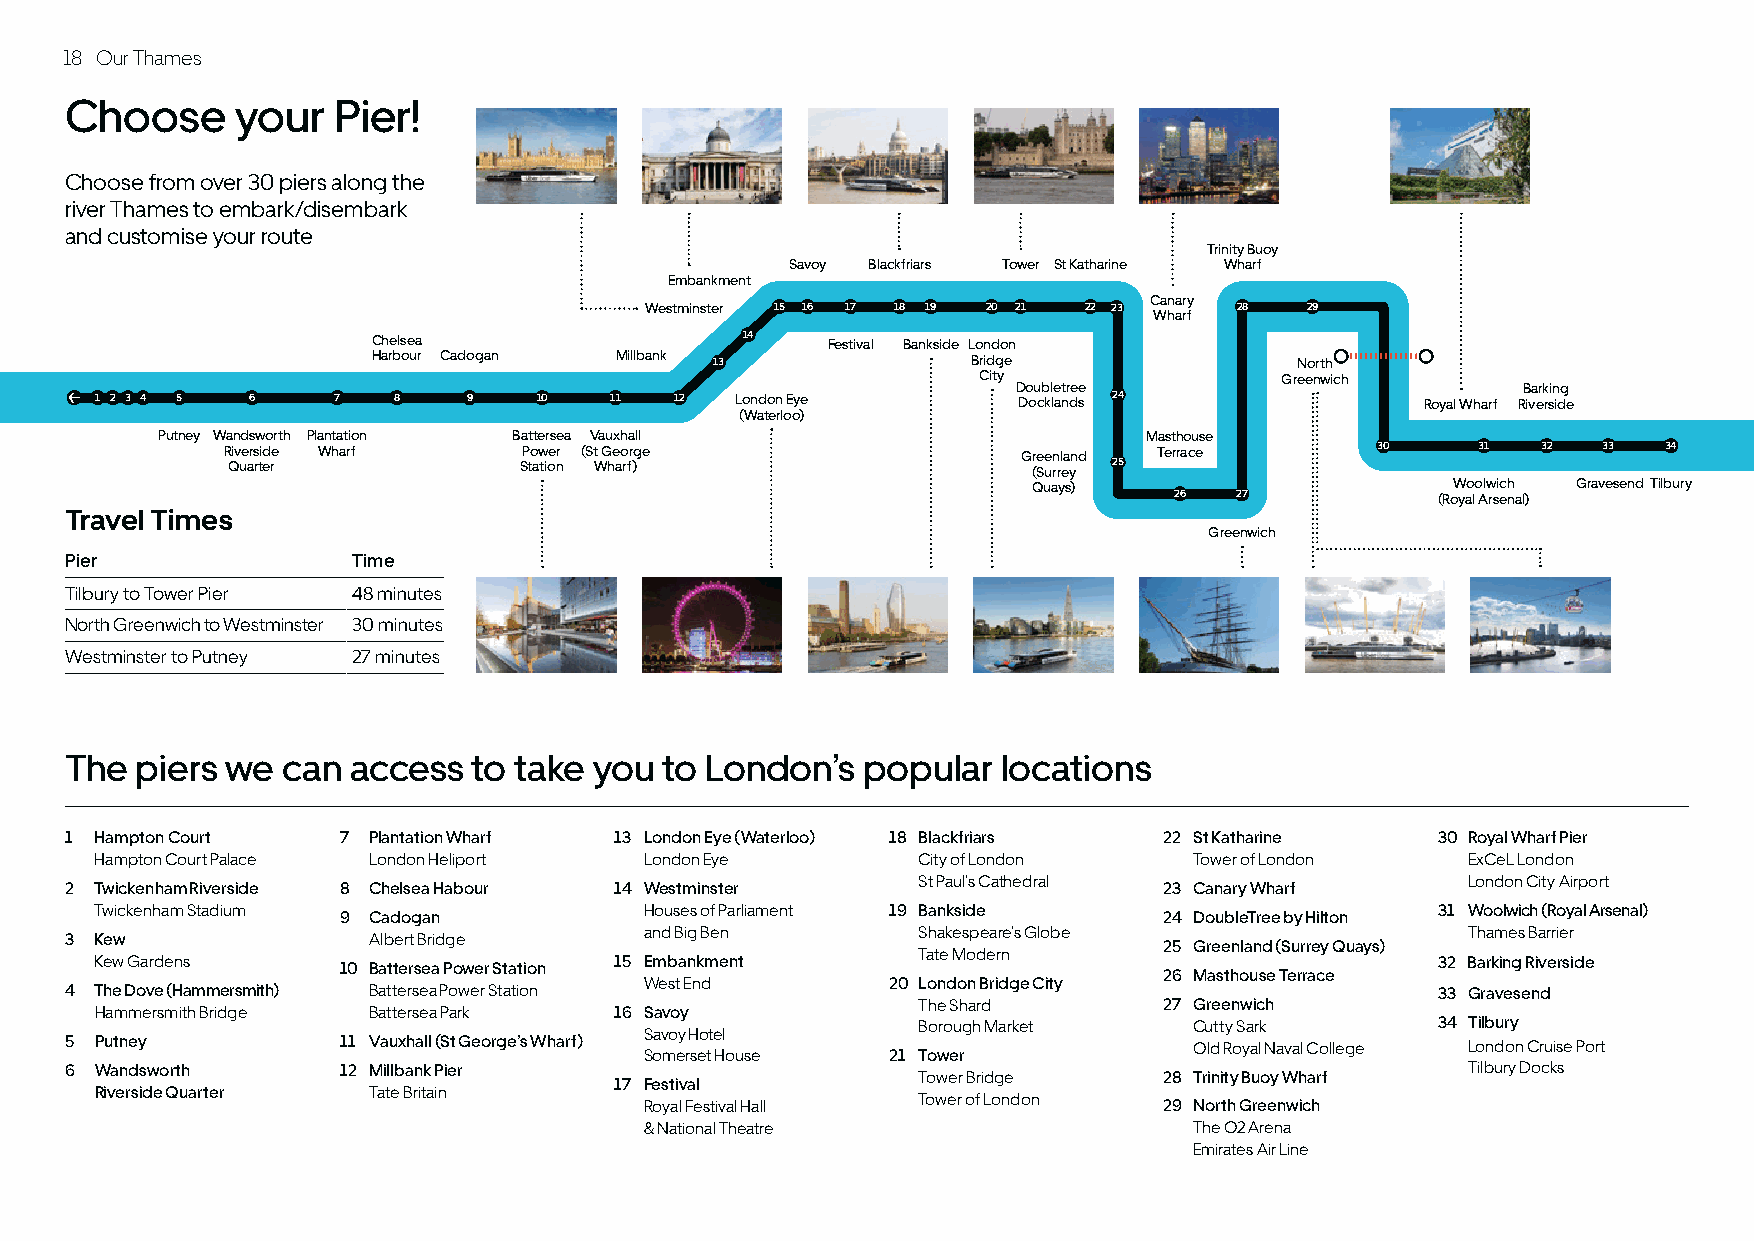
18 Our Thames
 Choose      your  Pier!
 Choose from over 30 piers along the
 river Thames to embark/disembark
 and customise your route
 Trinity Buoy
 Savoy Blackfriars Tower St Katharine Wharf
 Embankment
 Canary
 Westminster 15 16 17 18 19 20 21 22 23 28  29
 Wharf
 Chelsea                 14    Festival Bankside London
 Harbour Cadogan Millbank 13            Bridge                North
 City                Greenwich
 Doubletree                        Barking
 1 2 3 4 5 6     7   8    9    10  11   12  London Eye        Docklands 24               Royal Wharf Riverside
 (Waterloo)
 Putney Wandsworth Plantation Battersea Vauxhall                   Masthouse
 Riverside Wharf     Power (St George                 Greenland Terrace      30     31  32  33  34
 Quarter            Station Wharf)                    (Surrey 25
 Quays)                      Woolwich Gravesend Tilbury
 26  27           (Royal Arsenal)
 Travel Times
 Greenwich
 Pier               Time
 Tilbury to Tower Pier 48 minutes
 North Greenwich to Westminster 30 minutes
 Westminster to Putney 27 minutes
 The  piers we  can access  to take you  to London’s  popular  locations
 1 Hampton Court   7 Plantation Wharf 13 London Eye (Waterloo) 18 Blackfriars 22 St Katharine 30 Royal Wharf Pier
 Hampton Court Palace London Heliport London Eye        City of London    Tower of London   E xCeL London
 St Paul’s Cathedral                 London City Airport
 2 Twickenham Riverside 8 Chelsea Habour 14 Westminster                   23 Canary Wharf
 Twickenham Stadium                   Houses of Parliament 19 Bankside                    31 Woolwich (Royal Arsenal)
 9 Cadogan                                              24 DoubleTree by Hilton
 and Big Ben       Shakespeare’s Globe                 Thames Barrier
 3 Kew               Albert Bridge
 25 Greenland (Surrey Quays)
 Tate Modern
 Kew Gardens     10 Battersea Power Station 15 E mbankment                                32 Barking Riverside
 26 Masthouse Terrace
 West End        20 London Bridge City
 4 The Dove (Hammersmith) Battersea Power Station                                           33 Gravesend
 The Shard       27 Greenwich
 Hammersmith Bridge Battersea Park  16 Savoy
 Borough Market    Cutty Sark      34 Tilbury
 Savoy Hotel
 5 Putney          11 Vauxhall (St George’s Wharf)                          Old Royal Naval College London Cruise Port
 Somerset House  21 Tower
 6 Wandsworth      12 Millbank Pier                                                           Tilbury Docks
 Tower Bridge    28 Trinity Buoy Wharf
 17 Festival
 Riverside Quarter Tate Britain
 Tower of London
 Royal Festival Hall               29 North Greenwich
 & National Theatre                  The O2 Arena
 Emirates Air Line